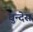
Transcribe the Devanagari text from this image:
बुन्देस